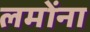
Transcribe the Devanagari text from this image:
लमोंना